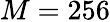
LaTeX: M=256